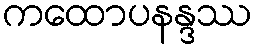
ကထောပနန္ဒဿ